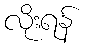
လိုးရန်